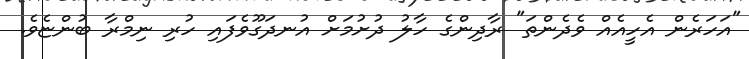
"އަހަރެން އެހީއެއް ވެދެންތަ" ރާދިންގެ ހާލު ދުށުމަށް އުނދަގޫވެފައި ހުރި ނިމްރާ ބުންޏެވެ.